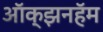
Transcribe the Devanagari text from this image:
ऑक्झनहॅम